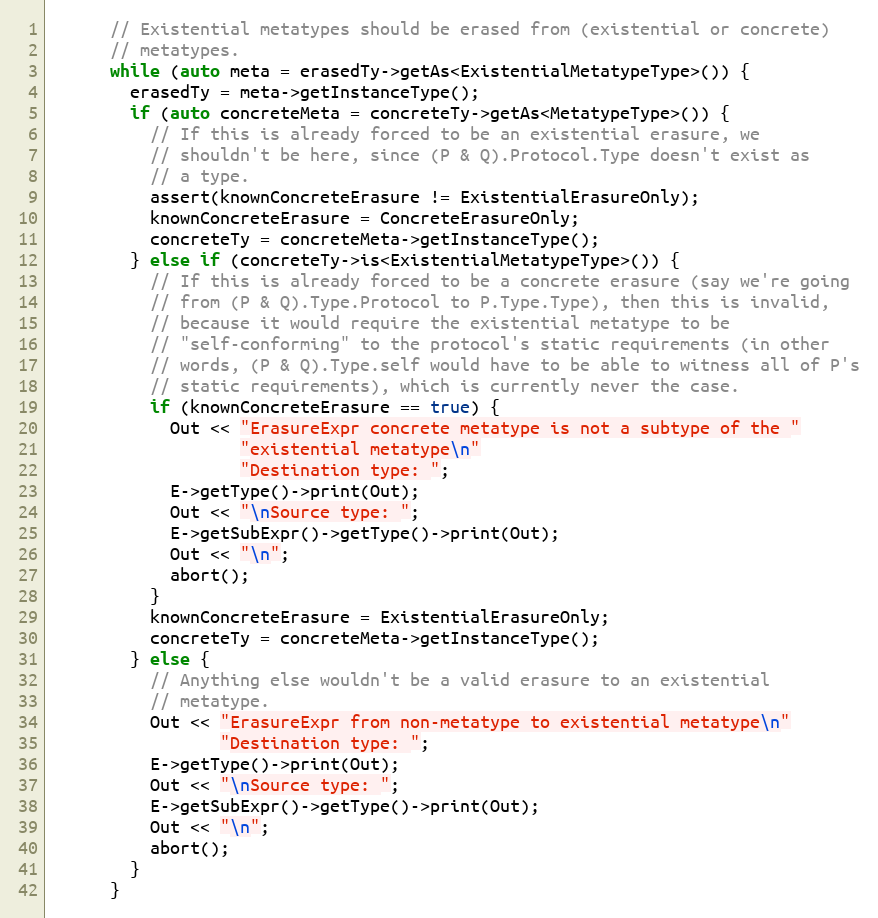
Language: C++
      // Existential metatypes should be erased from (existential or concrete)
      // metatypes.
      while (auto meta = erasedTy->getAs<ExistentialMetatypeType>()) {
        erasedTy = meta->getInstanceType();
        if (auto concreteMeta = concreteTy->getAs<MetatypeType>()) {
          // If this is already forced to be an existential erasure, we
          // shouldn't be here, since (P & Q).Protocol.Type doesn't exist as
          // a type.
          assert(knownConcreteErasure != ExistentialErasureOnly);
          knownConcreteErasure = ConcreteErasureOnly;
          concreteTy = concreteMeta->getInstanceType();
        } else if (concreteTy->is<ExistentialMetatypeType>()) {
          // If this is already forced to be a concrete erasure (say we're going
          // from (P & Q).Type.Protocol to P.Type.Type), then this is invalid,
          // because it would require the existential metatype to be
          // "self-conforming" to the protocol's static requirements (in other
          // words, (P & Q).Type.self would have to be able to witness all of P's
          // static requirements), which is currently never the case.
          if (knownConcreteErasure == true) {
            Out << "ErasureExpr concrete metatype is not a subtype of the "
                   "existential metatype\n"
                   "Destination type: ";
            E->getType()->print(Out);
            Out << "\nSource type: ";
            E->getSubExpr()->getType()->print(Out);
            Out << "\n";
            abort();
          }
          knownConcreteErasure = ExistentialErasureOnly;
          concreteTy = concreteMeta->getInstanceType();
        } else {
          // Anything else wouldn't be a valid erasure to an existential
          // metatype.
          Out << "ErasureExpr from non-metatype to existential metatype\n"
                 "Destination type: ";
          E->getType()->print(Out);
          Out << "\nSource type: ";
          E->getSubExpr()->getType()->print(Out);
          Out << "\n";
          abort();
        }
      }